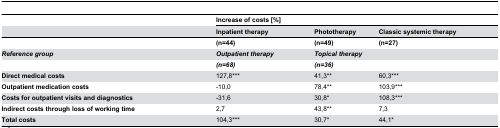
<table><thead><tr><td></td><td colspan="3"><b>Increase of costs [%] </b></td></tr><tr><td></td><td><b>Inpatient therapy</b></td><td><b>Phototherapy</b></td><td><b>Classic systemic therapy</b></td></tr></thead><tbody><tr><td></td><td><b>(n=44)</b></td><td><b>(n=49)</b></td><td><b>(n=27)</b></td></tr><tr><td><b><i>Reference group</i></b></td><td><b><i>Outpatient</i><i></i><i>therapy</i></b></td><td colspan="2"><b><i>Topical</i><i></i><i>therapy</i></b></td></tr><tr><td></td><td><b><i>(n=68)</i></b></td><td colspan="2"><b><i>(n=36)</i></b></td></tr><tr><td><b>Direct medical costs</b></td><td>127,8***</td><td>41,3**</td><td>60,3***</td></tr><tr><td><b>Outpatient medication costs</b></td><td>-10,0</td><td>78,4**</td><td>103,9***</td></tr><tr><td><b>Costs for outpatient visits and diagnostics</b></td><td>-31,6</td><td>30,8*</td><td>108,3***</td></tr><tr><td><b>Indirect costs through loss of working time</b></td><td>2,7</td><td>43,8**</td><td>7,3</td></tr><tr><td><b>Total costs</b></td><td>104,3***</td><td>30,7*</td><td>44,1*</td></tr></tbody></table>